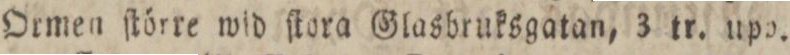
Ormen ſtörre wid ſtora Glasbruksgatan, 3 tr. upp.